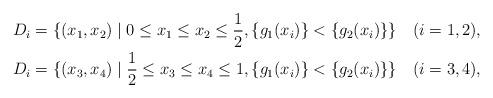
LaTeX: \begin{align*}D_i = \{(x_1,x_2)\mid 0\le x_1 \le x_2 \le \frac{1}{2},\{g_1(x_i)\}<\{g_2(x_i)\}\}\quad(i=1,2),\\D_i = \{(x_3,x_4)\mid \frac{1}{2} \le x_3 \le x_4 \le 1,\{g_1(x_i)\}<\{g_2(x_i)\}\}\quad(i=3,4),\end{align*}